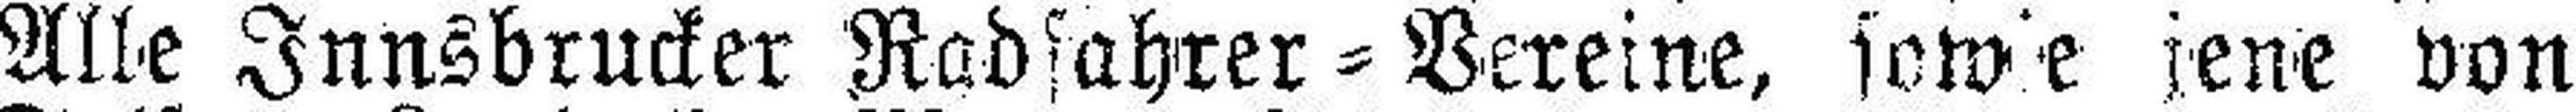
Alle Innsbrucker Radfahrer=Vereine, sowie jene von